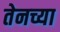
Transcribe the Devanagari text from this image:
तेनच्या